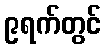
၉ရက်တွင်